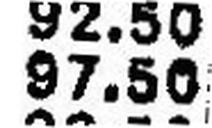
97.50